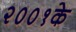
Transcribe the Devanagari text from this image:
२००१के